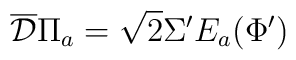
\overline{\mathcal D} \Pi_a = \sqrt2 \Sigma' E_a(\Phi')